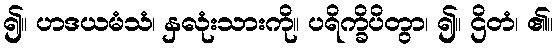
၍။ ဟဒယမံသံ၊ နှလုံးသားကို။ ပရိက္ခိပိတွာ၊ ၍။ ဌိတံ၊ ၏။